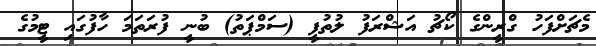
މެޗަށްފަހު ގްރީންގެ ކޯޗު އަޝްރަފު ލުތުފީ (ސަމްޕަތު) ބުނީ ފުރަތަމަ ހާފުގައި ޓީމުގެ